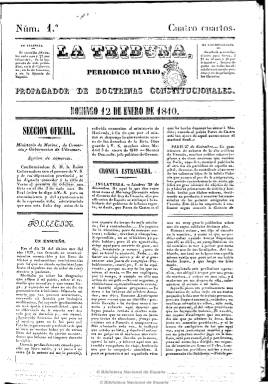
Título: La Tribuna (Valencia. 1840)
Colección: Periódicos anteriores a 1850
Ámbito geográfico: Valencia
Lugar de publicación: Valencia
Fechas: 12/01/1840-31/03/1840

Con el subtítulo “periódico diario: propagador de doctrinas constitucionales”, comienza a publicarse el doce de enero de enero de 1840, como órgano del liberalismo avanzado y del partido progresista valenciano. Estampado en imprenta propia, dirigida por Ventura Lluch, su editor responsable es J.C.M. Lisardo. Entre sus principales redactores se encuentran José Peris Valero (1821-1876); Vicente Boix Ricarte, que fue su director durante dos años; Juan Crisóstomo Petit, que le sucedió en la dirección, y Manuel Calvet.

Aparece diariamente en números de cuatro páginas y a tres columnas. Es un periódico bien estructurado en secciones, como la oficial, la crónica extranjera y del interior y la de noticias locales, además de otras como orden de la plaza, Cortes y la de espectáculos (teatro y toros). Inserta diariamente un artículo editorial, así como un folletín, además de anuncios comerciales. Además de extractos de otros periódicos, tiene correspondencia propia de poblaciones valencianas.

Desde su carácter constitucionalista  juega un papel fundamental en la revolución progresista de 1840. Con la abdicación de María Cristina como Reina Regente y su exilio, precisamente desde Valencia, donde había asentando su corte, y la asunción de la regencia por Espartero, el diario deviene como órgano del nuevo gobierno, siendo dirigido por Petit. Posteriormente sus periodistas demócratas y republicanos, encabezados por Boix, abandonarán la redacción y fundan El fiscal, quedando en La tribuna Peris, Calvet y Petit.

Todavía se publicaba en diciembre de 1842. Eduardo Ortega de la Torre en su trabajo sobre Vicente Boix traza la semblanza de este periódico.